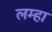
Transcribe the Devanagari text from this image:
लम्हा